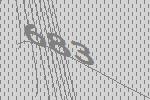
683